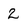
Character: 2